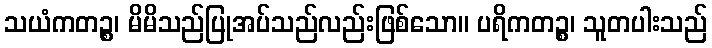
သယံကတဉ္စ၊ မိမိသည်ပြုအပ်သည်လည်းဖြစ်သော။ ပရိကတဉ္စ၊ သူတပါးသည်